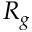
R _ { g }